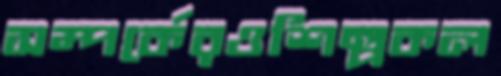
সম্পর্কেরওশিল্পকল